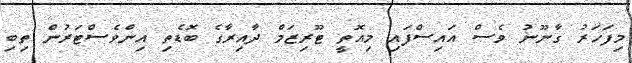
މިފަހަރު ގާނޫނު ވެސް އައިސްފައި މިއޮތީ ޓޫރިޒަމް ދާއިރާގެ ބޮޑެތި އިންވެސްޓަރުން ތިބި